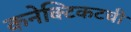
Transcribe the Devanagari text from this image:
कनेक्टिकटची